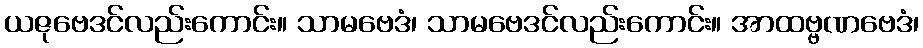
ယဇုဗေဒင်လည်းကောင်း။ သာမဗေဒံ၊ သာမဗေဒင်လည်းကောင်း။ အာထဗ္ဗဏဗေဒံ၊